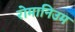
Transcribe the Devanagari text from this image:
रोमानिउम